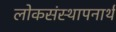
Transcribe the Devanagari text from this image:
लोकसंस्थापनार्थ